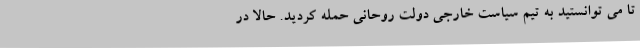
تا می توانستید به تیم سیاست خارجی دولت روحانی حمله کردید. حالا در